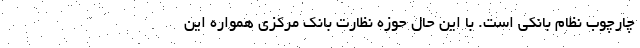
چارچوب نظام بانکی است. با این حال حوزه نظارت بانک مرکزی همواره این